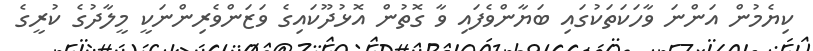
ކިޔެމުން އަންނަ ވާހަކަތަކުގައި ބަޔާންވެފައި ވާ ގޮތުން އޮޅުދޫކައިގެ ވަޒަންވެރިންނަކީ މީލާދުގެ ކުރީގެ